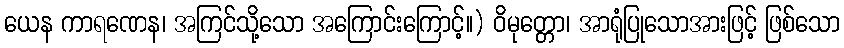
ယေန ကာရဏေန၊ အကြင်သို့သော အကြောင်းကြောင့်။) ဝိမုတ္တော၊ အာရုံပြုသောအားဖြင့် ဖြစ်သော